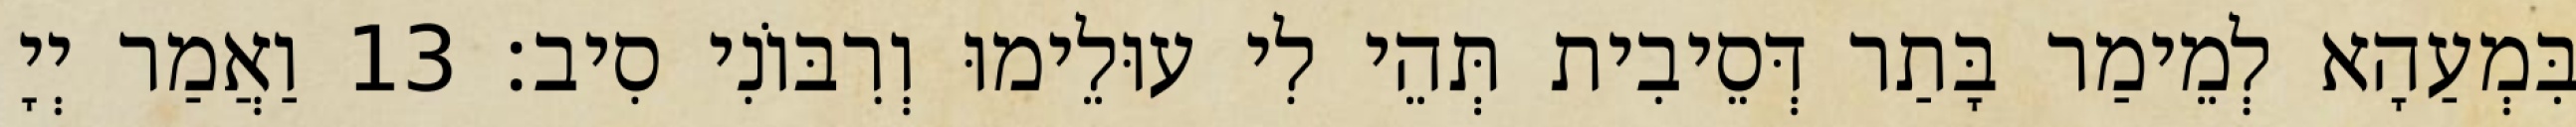
בִּמְעַהָא לְמֵימַר בָּתַר דְּסֵיבִית תְּהֵי לִי עוּלֵימוּ וְרִבּוֹנִי סִיב׃ 13 וַאֲמַר יְיָ